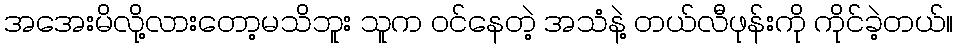
အအေးမိလို့လားတော့မသိဘူး သူက ဝင်နေတဲ့ အသံနဲ့ တယ်လီဖုန်းကို ကိုင်ခဲ့တယ်။